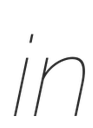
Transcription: in